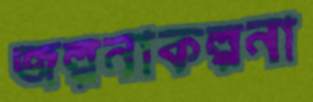
জল্পনাকল্পনা